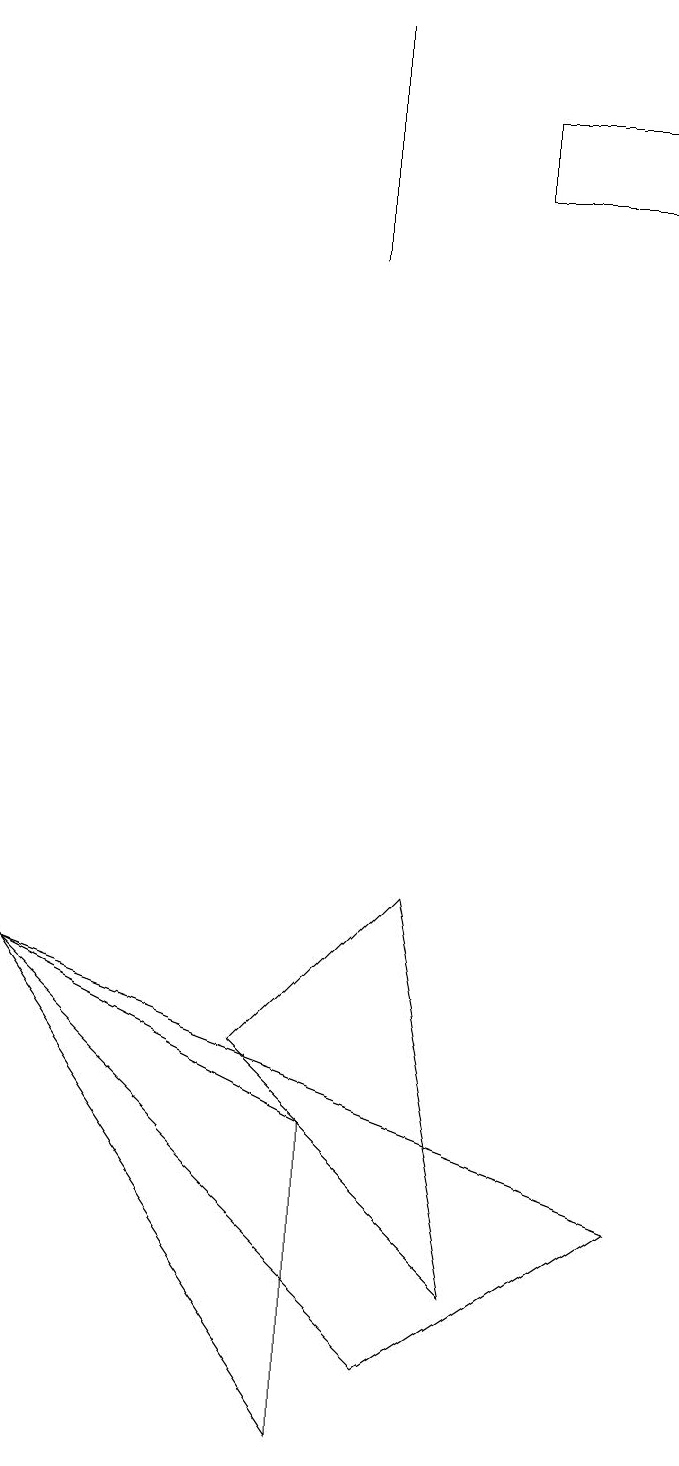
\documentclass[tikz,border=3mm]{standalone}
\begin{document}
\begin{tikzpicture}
\draw (3,5) -- (5,7) -- (6,2) -- cycle;
\draw (8,16) rectangle (6,17);
\draw (8,3) -- (5,1) -- (0,6) -- cycle;
\draw (4,15) rectangle (4,18);
\draw (0,6) -- (4,4) -- (4,0) -- cycle;
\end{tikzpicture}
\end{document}